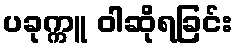
ပခုက္ကူ ဝါဆိုရခြင်း